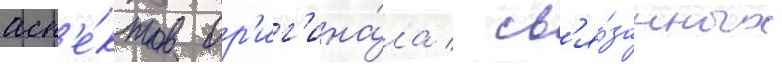
асп'е́ктов ор'иг'ина́ла / св'я́занных